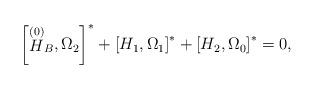
LaTeX: \begin{align*}\left[ \stackrel{\left( 0\right) }{H}_{B},\Omega _{2}\right] ^{*}+\left[H_{1},\Omega _{1}\right] ^{*}+\left[ H_{2},\Omega _{0}\right] ^{*}=0,\end{align*}